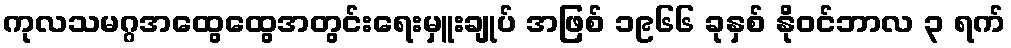
ကုလသမဂ္ဂအထွေထွေအတွင်းရေးမှူးချုပ် အဖြစ် ၁၉၆၆ ခုနှစ် နိုဝင်ဘာလ ၃ ရက်